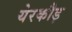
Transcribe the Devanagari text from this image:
येरकौड़